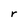
Character: r